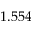
1 . 5 5 4